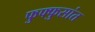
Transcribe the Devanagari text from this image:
फुफ्फुसांत